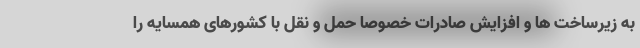
به زیرساخت ها و افزایش صادرات خصوصاً حمل و نقل با کشورهای همسایه را